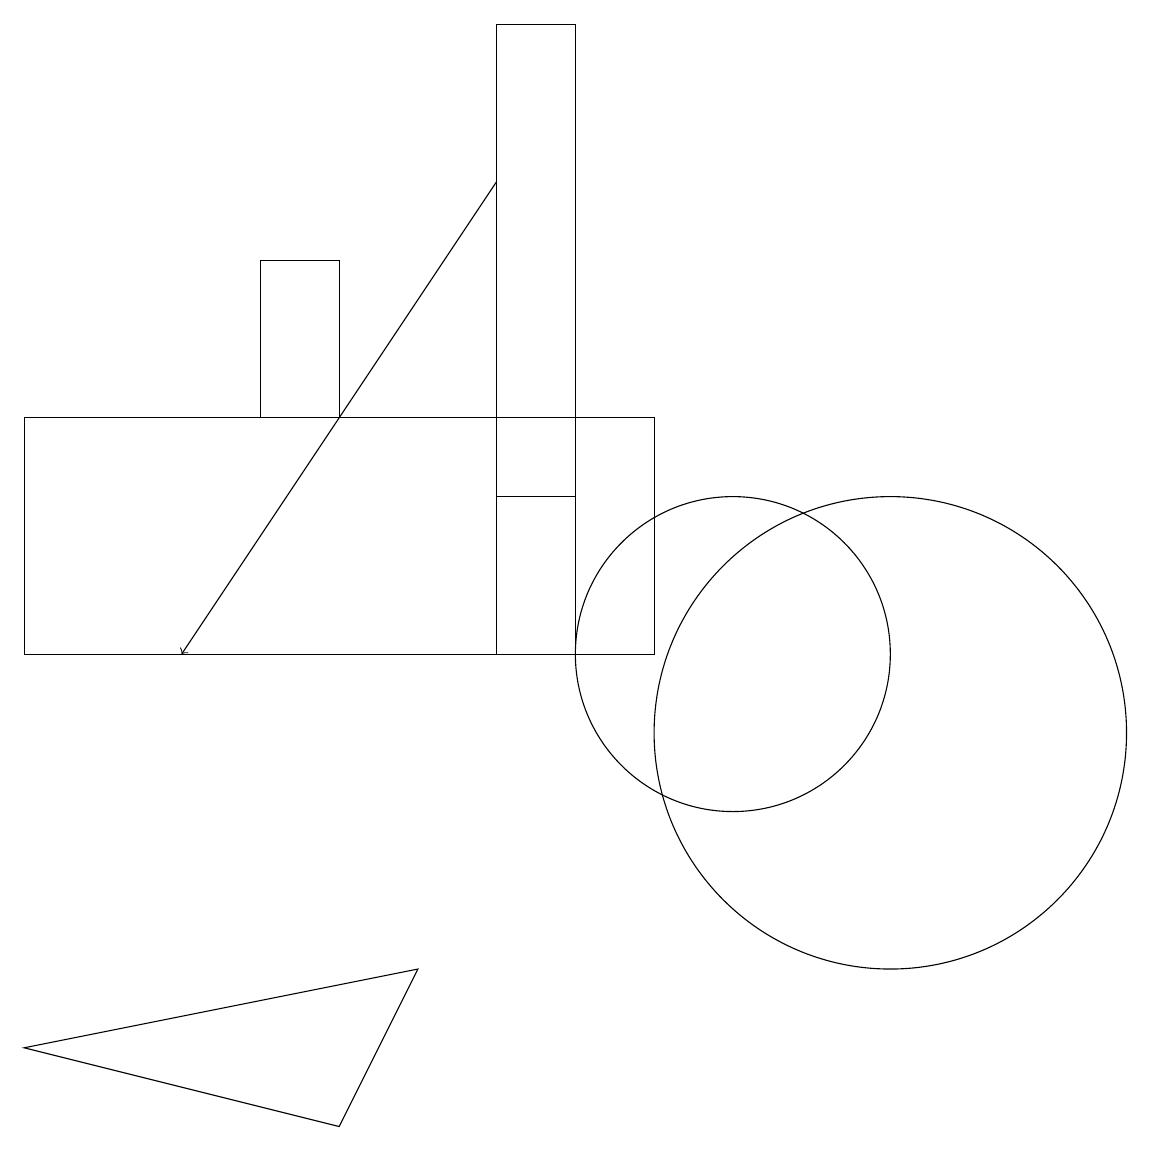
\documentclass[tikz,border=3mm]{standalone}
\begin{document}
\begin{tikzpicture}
\draw (6,7) -- (5,5) -- (1,6) -- cycle;
\draw (12,10) circle (3);
\draw (8,19) rectangle (7,11);
\draw[->] (7,17) -- (3,11);
\draw (9,14) rectangle (1,11);
\draw (10,11) circle (2);
\draw (8,19) rectangle (7,13);
\draw (4,14) rectangle (5,16);
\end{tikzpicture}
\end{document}